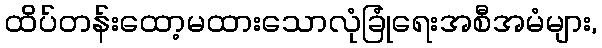
ထိပ်တန်းထော့မထားသောလုံခြုံရေးအစီအမံများ,